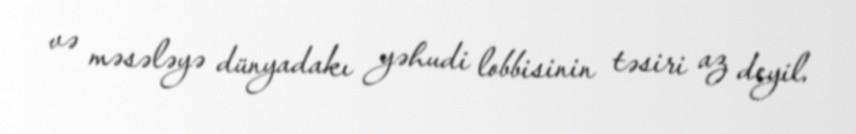
və məsələyə dünyadakı yəhudi lobbisinin təsiri az deyil.